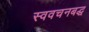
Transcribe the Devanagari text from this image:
स्ववचनबद्ध